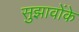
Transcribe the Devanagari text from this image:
सुझावोंके